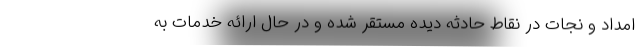
امداد و نجات در نقاط حادثه دیده مستقر شده و در حال ارائه خدمات به